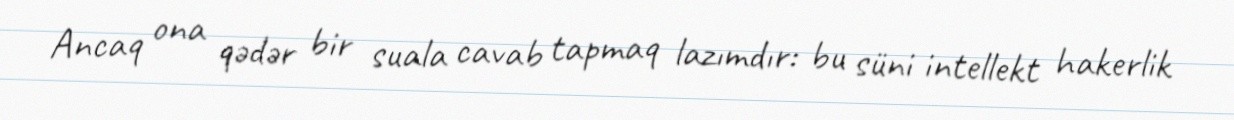
Ancaq ona qədər bir suala cavab tapmaq lazımdır: bu süni intellekt hakerlik